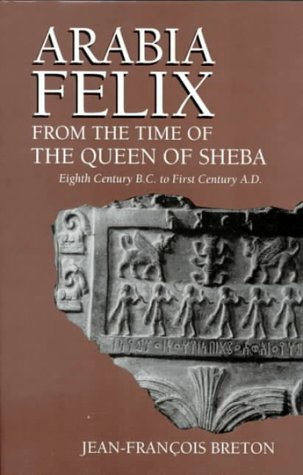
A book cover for Arabia Felix from the Time of the Queen of Sheba: Eighth Century to First Century B.C.; Jean-Francois Breton; History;